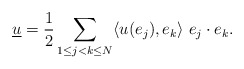
\begin{align*}\underline{u}=\frac{1}{2}\sum_{1\leq j<k\leq N}\langle u(e_j),e_k\rangle\ e_j\cdot e_k.\end{align*}